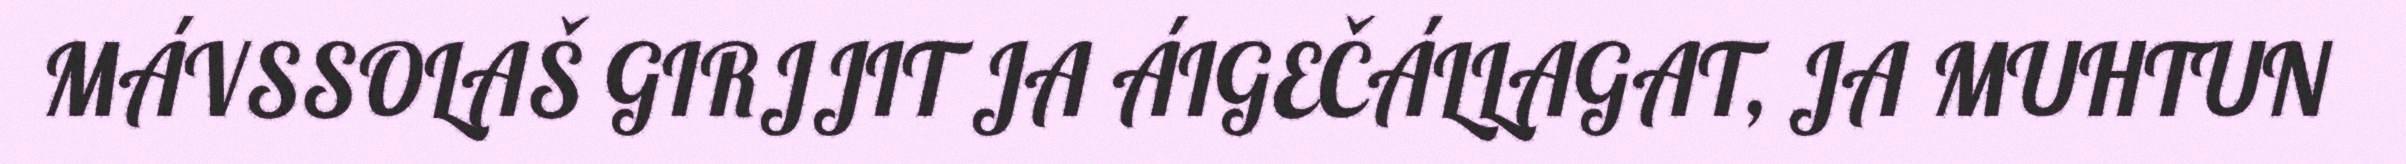
MÁVSSOLAŠ GIRJJIT JA ÁIGEČÁLLAGAT, JA MUHTUN